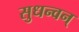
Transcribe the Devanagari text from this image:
सुधन्वन्‌